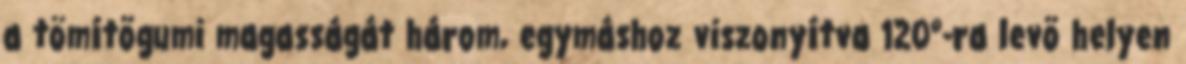
a tömítõgumi magasságát három, egymáshoz viszonyítva 120°-ra levõ helyen